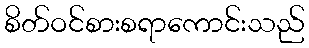
စိတ်ဝင်စားစရာကောင်းသည်